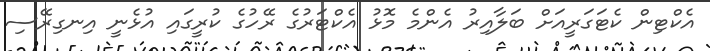
އެކްޓިން ކެޓަގަރީއަށް ބަލާއިރު އެންމެ މޮޅު އެކްޓަރުގެ ރޭހުގެ ކުރީގައި އުޅެނީ އިނގިރޭސި